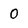
Character: 0